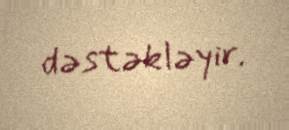
dəstəkləyir.